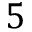
5